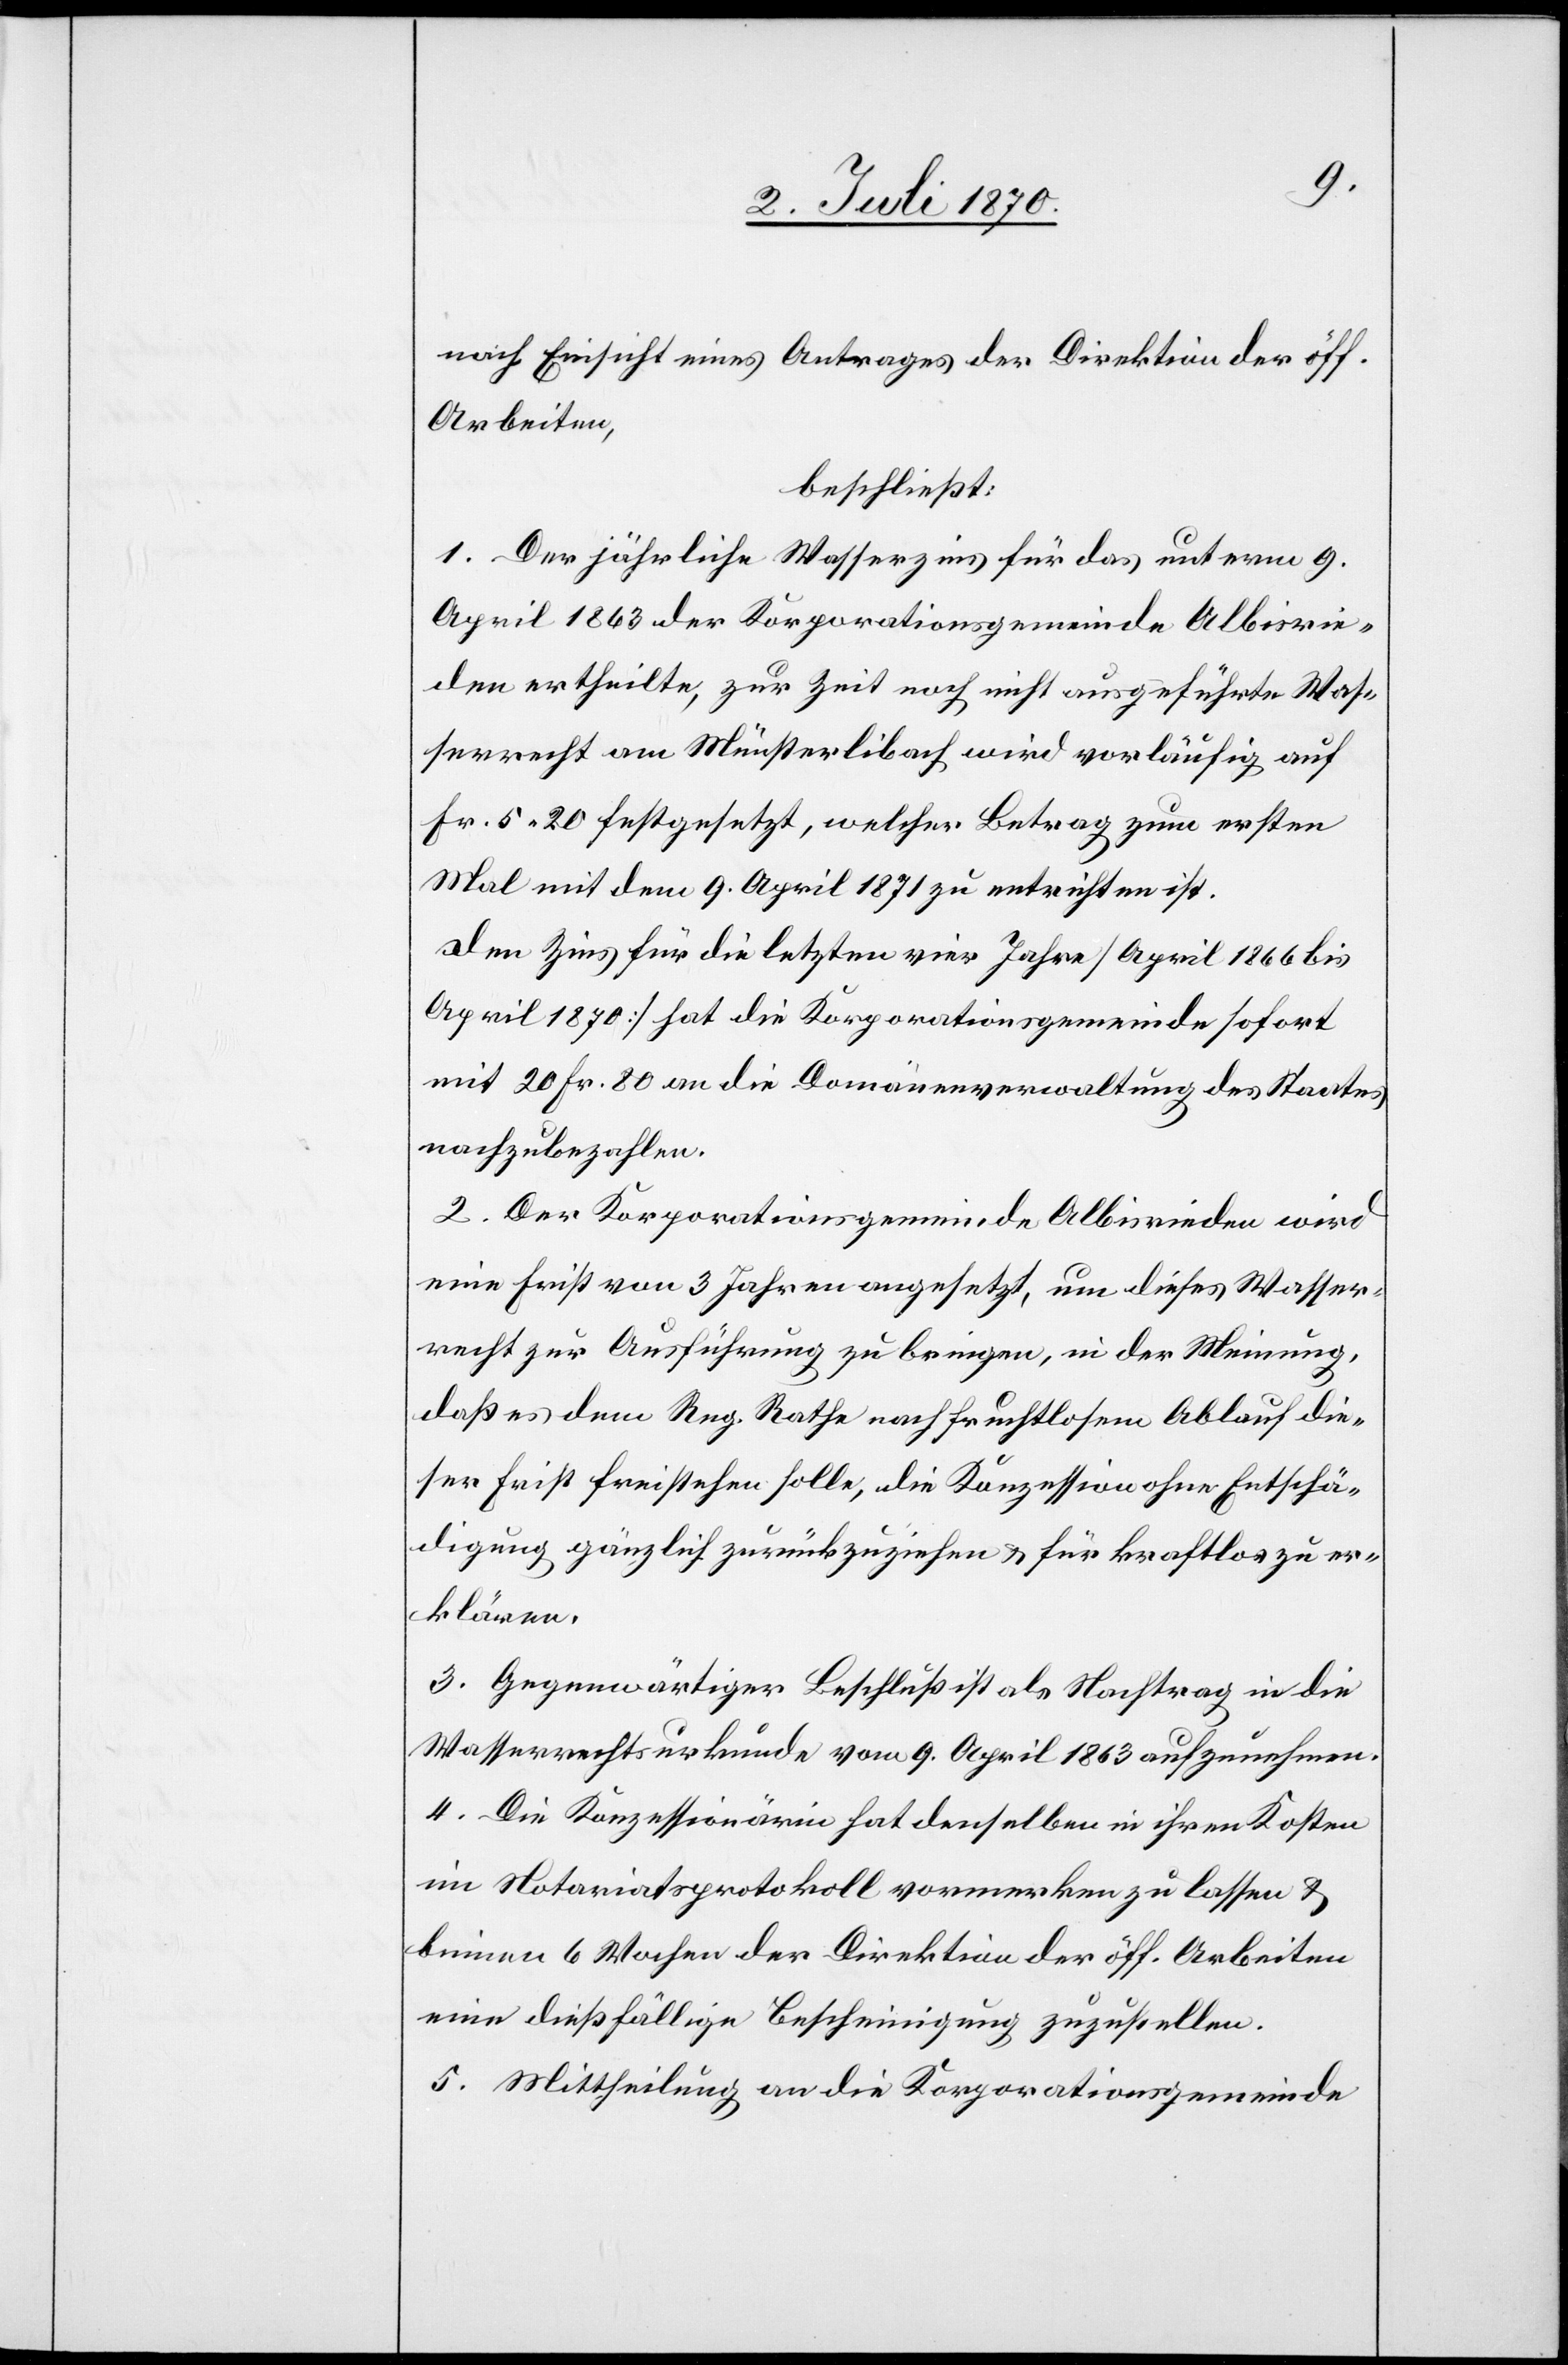
nach Einsicht eines Antrages der Direktion der öff.
Arbeiten,
beschließt:
1. Der jährliche Wasserzins für das unterm 9.
April 1863 der Korporationsgemeinde Albisrie¬
den ertheilte, zur Zeit noch nicht ausgeführte Was¬
serrecht am Münsterlibach wird vorläufig auf
Fr. 5.20 festgesetzt, welcher Betrag zum erstem
Mal mit dem 9. April 1871 zu entrichten ist.
Den Zins für die letzten vier Jahre [April 1866 bis
April 1870] hat die Korporationsgemeinde sofort
mit 20 Fr. 80 an die Domänenverwaltung des Staates
nachzubezahlen.
2. Der Korporationsgemeinde Albisrieden wird
eine Frist von 3 Jahren angesetzt, um dieses Wasser¬
recht zur Ausführung zu bringen, in der Meinung,
daß es dem Reg. Rathe nach fruchtlosem Ablauf die¬
ser Frist freistehen solle, die Konzession ohne Entschä¬
digung gänzlich zurückzuziehen & für kraftlos zu er¬
klären.
3. Gegenwärtiger Beschluß ist als Nachtrag in die
Wasserrechtsurkunde vom 9. April 1863 aufzunehmen.
4. Die Konzessionärin hat denselben in ihren Kosten
im Notariatsprotokoll vormerken zu lassen &
binnen 6 Wochen der Direktion der öff. Arbeiten
eine dießfällige Bescheinigung zuzustellen.
5. Mittheilung an die Korporationsgemeinde